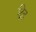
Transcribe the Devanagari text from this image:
द्विद्र